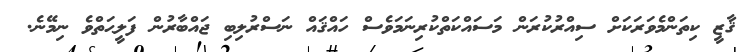
ޤާޒީ ކިތަންމެވަރަކަށް ސިއްރުކުރަން މަސައްކަތްކުރިނަމަވެސް ހައްޤައް ނަސްރުލިބި ޖައްބާރުން ފަލީޙަތްވެ ނިމޭނެ.